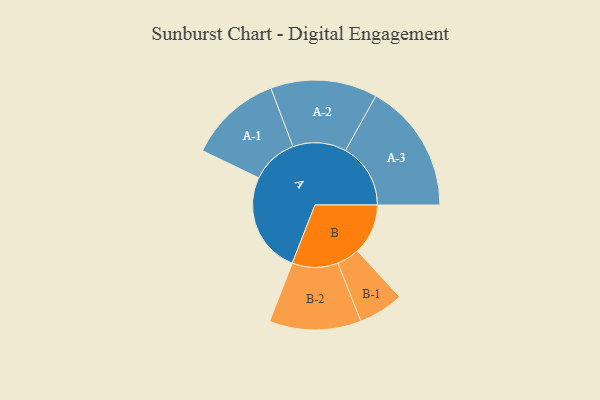
{"axis": {"x": "Segment", "y": "Value"}, "legend": ["", "A", "B"], "data": [{"x": "A", "y": 447, "type": ""}, {"x": "B", "y": 224, "type": ""}, {"x": "A-1", "y": 206, "type": "A"}, {"x": "A-2", "y": 236, "type": "A"}, {"x": "A-3", "y": 288, "type": "A"}, {"x": "B-1", "y": 100, "type": "B"}, {"x": "B-2", "y": 203, "type": "B"}]}